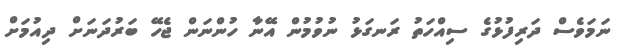
ނަމަވެސް ދަރިފުޅުގެ ސިއްހަތު ރަނގަޅު ނުވުމުން އޭނާ ހުންނަން ޖެހޭ ބަރުދަނަށް ދިއުމަށް